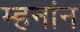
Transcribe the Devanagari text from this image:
म्हनांन